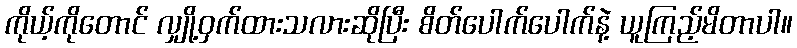
ကိုယ့်ကိုတောင် လျှို့ဝှက်ထားသလားဆိုပြီး စိတ်ပေါက်ပေါက်နဲ့ ယူကြည့်မိတာပါ။